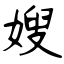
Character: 嫂